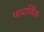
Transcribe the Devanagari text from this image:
पादार्थिक